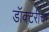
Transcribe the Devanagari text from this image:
डॉक्टरीचा